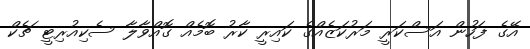
އޭގެ ފަހުން އަސްކަރީ މަރުކަޒެއްގެ ކައިރީ ކާރު ބޮމެއް ގޮއްވާލާ ސެކިއުރިޓީ ޗެކް